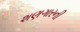
શણગારની